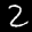
Label: 2